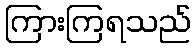
ကြားကြရသည်